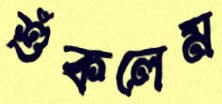
শুঁকলেম